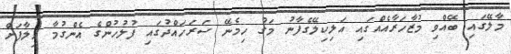
މާލޭގައި ބޭއްވި މުޒާހަރާއެއްގައި އަލިކިލޭގެފާނު މަގު ހިމެނޭ ސަރަހައްދުގައި ފުލުހުންގެ އެންގުމާ ހިލާފަށް